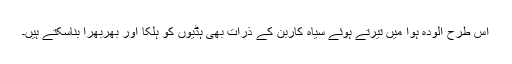
اس طرح آلودہ ہوا میں تیرتے ہوئے سیاہ کاربن کے ذرات بھی ہڈیوں کو ہلکا اور بھربھرا بناسکتے ہیں۔